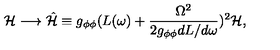
{ \cal H } \longrightarrow \hat { { \cal H } } \equiv g _ { \phi \phi } ( L ( \omega ) + \frac { \Omega ^ { 2 } } { 2 g _ { \phi \phi } d L / d \omega } ) ^ { 2 } { \cal H } ,